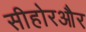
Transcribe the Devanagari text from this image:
सीहोरऔर